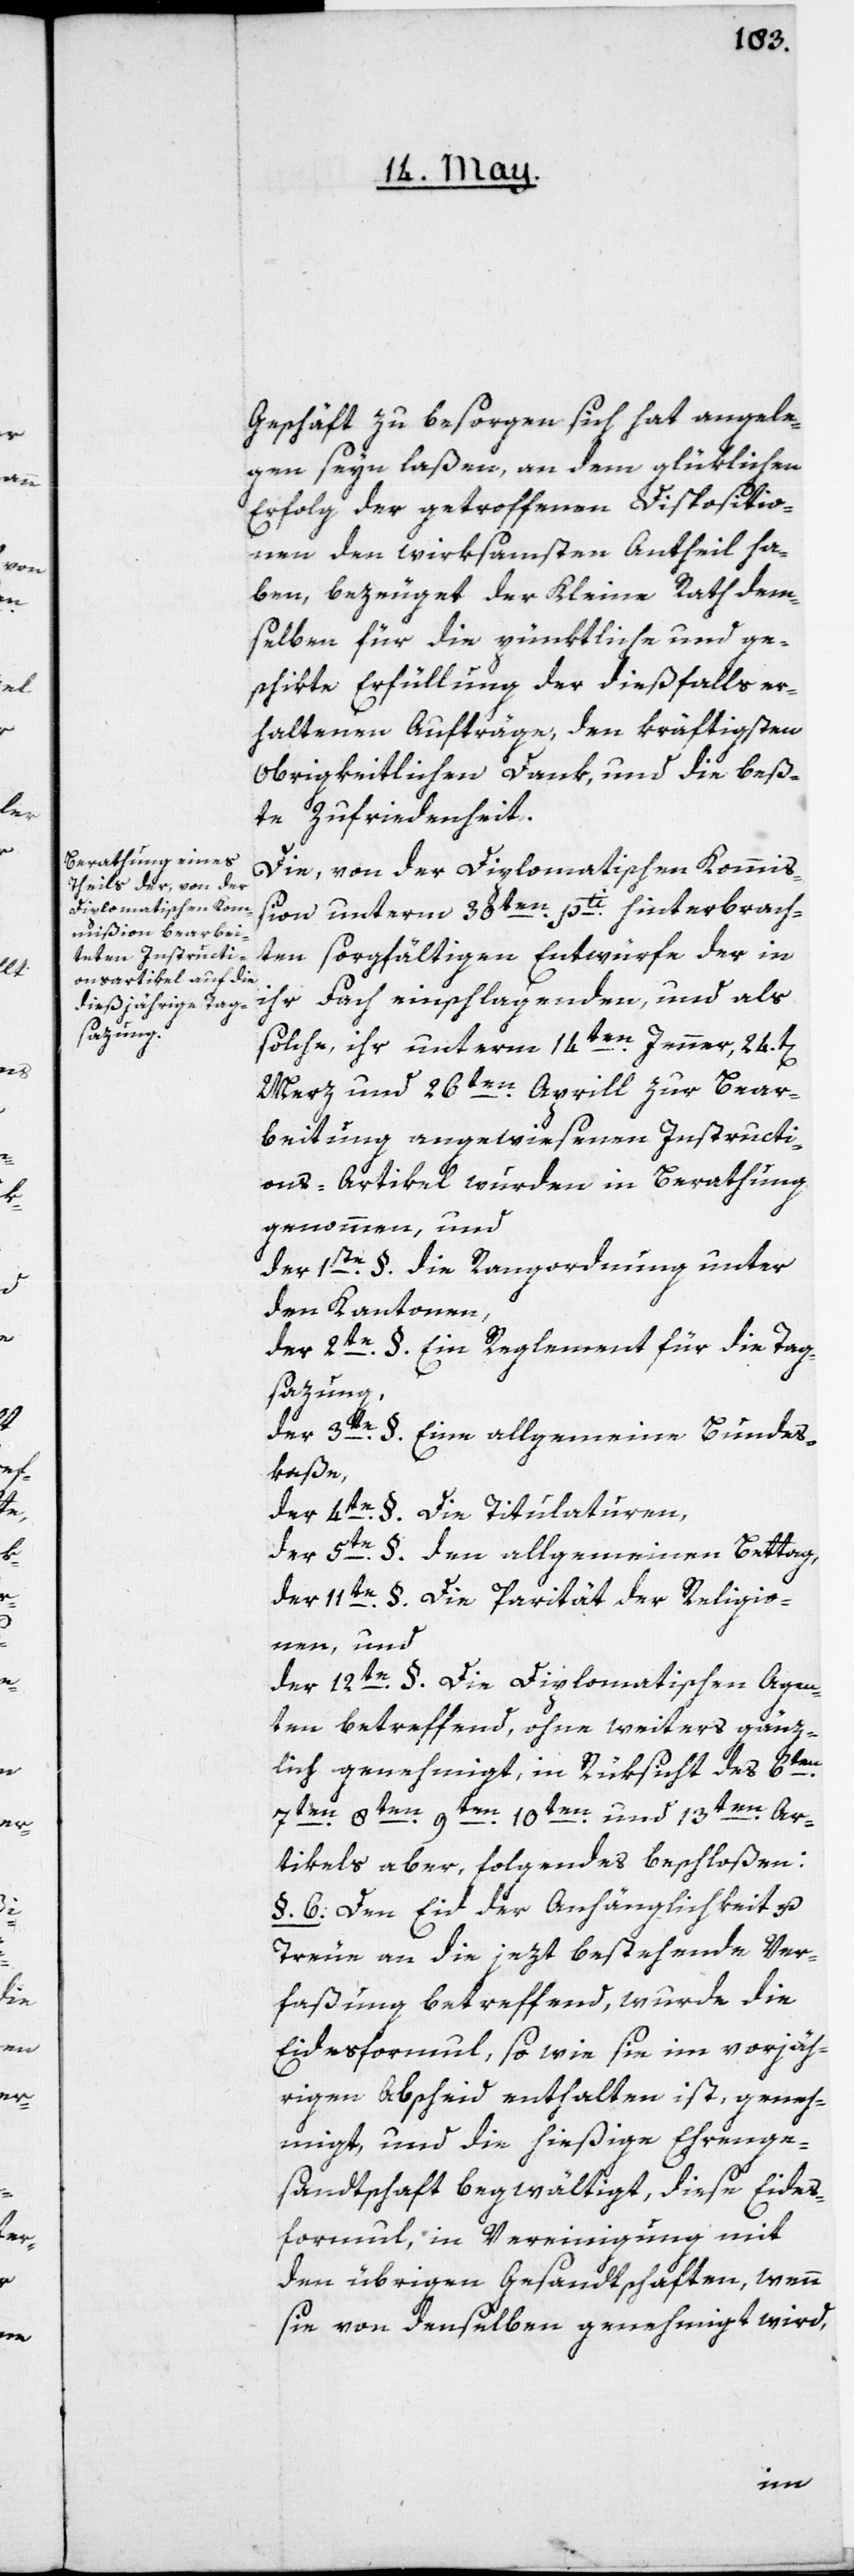
Geschäft zu besorgen sich hat angele¬
gen seyn laßen, an dem glüklichen
Erfolg der getroffenen Dispositio¬
nen den wirksamsten Antheil ha¬
ben, bezeuget der Kleine Rath dem¬
selben für die pünktliche und ge¬
schikte Erfüllung der dießfalls er¬
haltenen Aufträge, den kräftigsten
Obrigkeitlichen Dank und die beß¬
te Zufriedenheit.
Die, von der diplomatischen Kommiß¬
ion unterm 30ten pti hinterbrach¬
ten sorgfältigen Entwürfe der in
ihr Fach einschlagenden, und als
solche ihr unterm 14ten Jenner, 24t[en]
Merz und 26ten Aprill zur Bear¬
beitung angewiesenen Instructi¬
ons-Artikel, wurden in Berathung
genommen, und
der 1ste §. Die Rangordnung unter
den Kantonen,
der 2te §. Ein Reglement für die Tag¬
sazung;
der 3te §. Eine allgemeine Bundes¬
kaße,
der 4te §. Die Titulaturen,
der 5te §. Den allgemeinen Bettag,
der 11te §. Die Parität der Religio¬
nen, und
der 12te §. Die diplomatischen Agen¬
ten betreffend, ohne weiters gänz¬
lich genehmigt, in Rüksicht des 6ten[,]
8ten[,] 9ten[,] 10ten und 13ten Ar¬
tikels aber, folgendes beschloßen:
§. 6. Den Eid der Anhänglichkeit u.
Treue an die jezt bestehende Ver¬
faßung betreffend, wurde die
Eidesformul, so wie sie im vorjäh¬
rigen Abscheid enthalten ist, geneh¬
migt, und die hießige Ehrenge¬
sandtschaft begwältigt, diese Eides¬
formul, in Vereinigung mit
den übrigen Gesandtschaften, wenn
sie von denselben genehmigt wird,